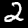
Digit: 2